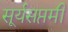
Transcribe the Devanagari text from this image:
सूर्यसप्तमी